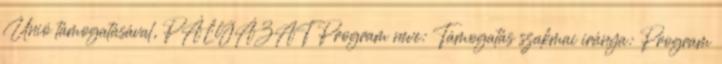
Unió támogatásával, PÁLYÁZAT Program neve: Támogatás szakmai iránya: Program